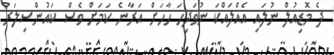
ދެ މޮޑިއުލް ނުލައި އެއްލައްކަ ނުވަދިހަ ހާހަށް އަރާނެ ކަމަށް ވެސް ކައުންސިލަރު